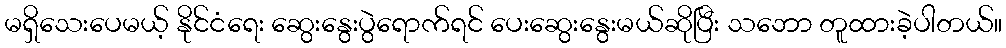
မရှိသေးပေမယ့် နိုင်ငံရေး ဆွေးနွေးပွဲရောက်ရင် ပေးဆွေးနွေးမယ်ဆိုပြီး သဘော တူထားခဲ့ပါတယ်။